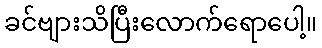
ခင်ဗျားသိပြီးလောက်ရောပေါ့။